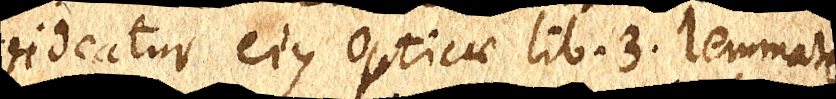
Videatur ejus Opticae lib. 3. lemmate